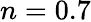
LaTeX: n=0.7